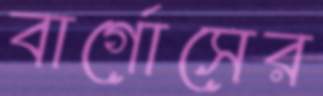
বার্গোসের